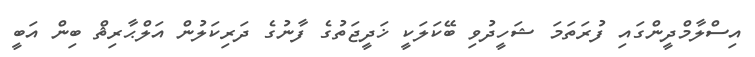
އިސްލާމްދީންގައި ފުރަތަމަ ޝަހީދުވި ބޭކަލަކީ ޚަދީޖަތުގެ ފާނުގެ ދަރިކަލުން އަލްޙާރިޘް ބިން އަބީ